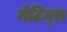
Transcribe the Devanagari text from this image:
नेटिव्स